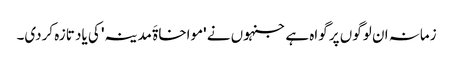
زمانہ ان لوگوں پر گواہ ہے جنہوں نے 'مواخاۃَ مدینہ' کی یاد تازہ کردی۔